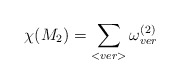
\begin{align*}\chi(M_2) = \sum_{<ver>} \omega^{(2)}_{ver}\end{align*}